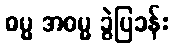
ဓမ္မ အဓမ္မ ခွဲပြခန်း